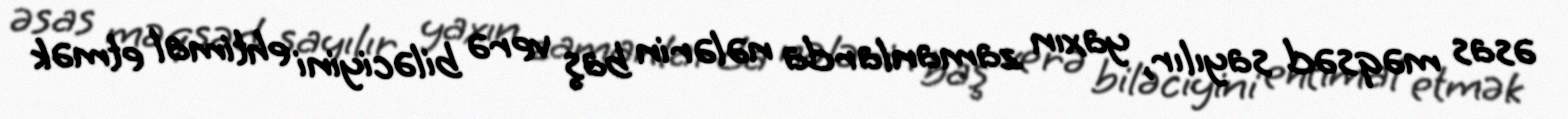
əsas məqsəd sayılır, yaxın zamanlarda nələrin baş verə biləciyini ehtimal etmək